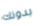
بدونك